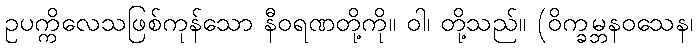
ဥပက္ကိလေသဖြစ်ကုန်သော နီဝရဏတို့ကို။ ဝါ၊ တို့သည်။ (ဝိက္ခမ္ဘနဝသေန၊